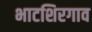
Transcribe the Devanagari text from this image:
भाटशिरगाव